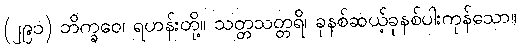
(၂၉၁) ဘိက္ခဝေ၊ ရဟန်းတို့။ သတ္တသတ္တရိ၊ ခုနစ်ဆယ့်ခုနစ်ပါးကုန်သော။